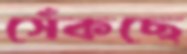
সেঁকছে